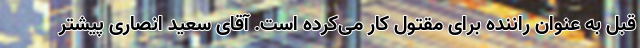
قبل به عنوان راننده برای مقتول کار می‌کرده است. آقای سعید انصاری پیشتر